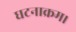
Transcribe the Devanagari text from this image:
घटनाक्रम।